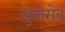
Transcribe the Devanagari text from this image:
सुवोरोव